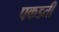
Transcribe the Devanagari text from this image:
पकडती